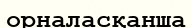
орналасқанша